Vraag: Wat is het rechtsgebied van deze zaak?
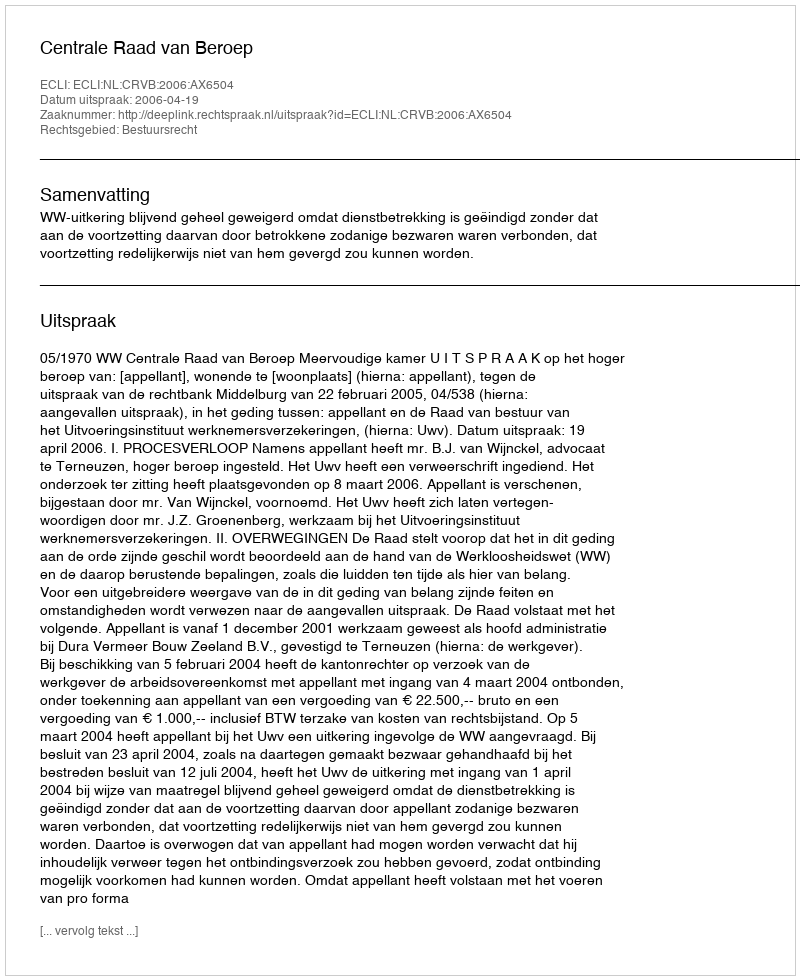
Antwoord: Bestuursrecht